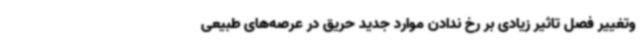
وتغییر فصل تاثیر زیادی بر رخ ندادن موارد جدید حریق در عرصه‌های طبیعی